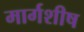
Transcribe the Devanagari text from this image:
मार्गशीष